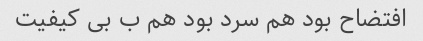
افتضاح بود هم سرد بود هم ب بی کیفیت